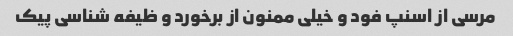
مرسی از اسنپ فود و خیلی ممنون از برخورد و ظیفه شناسی پیک